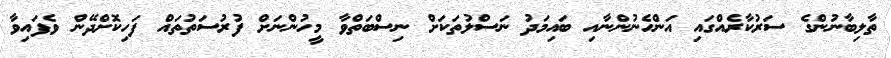
ތާލިބާނުންގެ ސަރުކާރެއްގައި އަންހެނުންނާއި ބައިމަދު ނަސްލުތަކަށް ނިސްބަތްވާ މީހުންނަށް ފުރުސަތުތައް ފަހިކޮށްދޭން ވެފައިވާ